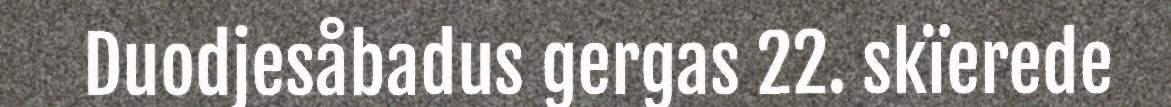
Duodjesåbadus gergas 22. skïerede